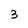
Character: 3